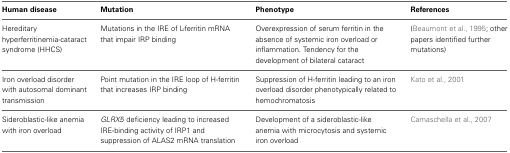
<table><thead><tr><td><b>Human disease</b></td><td><b>Mutation</b></td><td><b>Phenotype</b></td><td><b>References</b></td></tr></thead><tbody><tr><td>Hereditary hyperferritinemia-cataract syndrome (HHCS)</td><td>Mutations in the IRE of L-ferritin mRNA that impair IRP binding</td><td>Overexpression of serum ferritin in the absence of systemic iron overload or inflammation. Tendency for the development of bilateral cataract</td><td>(Beaumont et al., 1995; other papers identified further mutations)</td></tr><tr><td>Iron overload disorder with autosomal dominant transmission</td><td>Point mutation in the IRE loop of H-ferritin that increases IRP binding</td><td>Suppression of H-ferritin leading to an iron overload disorder phenotypically related to hemochromatosis</td><td>Kato et al., 2001</td></tr><tr><td>Sideroblastic-like anemia with iron overload</td><td><i>GLRX5</i> deficiency leading to increased IRE-binding activity of IRP1 and suppression of ALAS2 mRNA translation</td><td>Development of a sideroblastic-like anemia with microcytosis and systemic iron overload</td><td>Camaschella et al., 2007</td></tr></tbody></table>